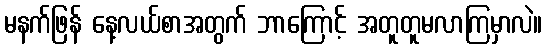
မနက်ဖြန် နေ့လယ်စာအတွက် ဘာကြောင့် အတူတူမလာကြမှာလဲ။